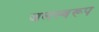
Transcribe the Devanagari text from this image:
जलस्वरूप